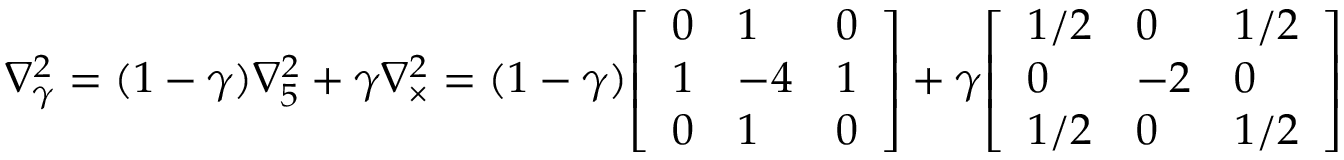
\nabla _ { \gamma } ^ { 2 } = ( 1 - \gamma ) \nabla _ { 5 } ^ { 2 } + \gamma \nabla _ { \times } ^ { 2 } = ( 1 - \gamma ) { \left[ \begin{array} { l l l } { 0 } & { 1 } & { 0 } \\ { 1 } & { - 4 } & { 1 } \\ { 0 } & { 1 } & { 0 } \end{array} \right] } + \gamma { \left[ \begin{array} { l l l } { 1 / 2 } & { 0 } & { 1 / 2 } \\ { 0 } & { - 2 } & { 0 } \\ { 1 / 2 } & { 0 } & { 1 / 2 } \end{array} \right] }